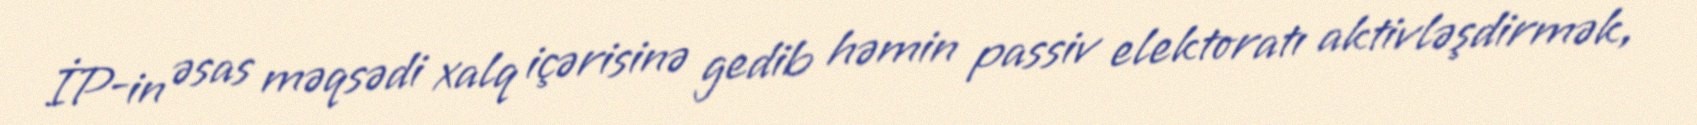
İP-in əsas məqsədi xalq içərisinə gedib həmin passiv elektoratı aktivləşdirmək,